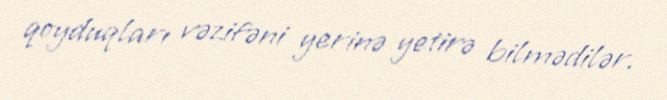
qoyduqları vəzifəni yerinə yetirə bilmədilər.